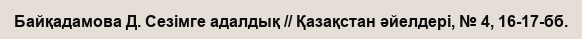
Байқадамова Д. Сезімге адалдық // Қазақстан әйелдері, № 4, 16-17-бб.